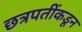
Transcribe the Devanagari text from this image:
छत्रपतींकडून